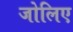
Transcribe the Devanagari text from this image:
जोलिए